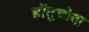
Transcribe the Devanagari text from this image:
होंतुचोवा